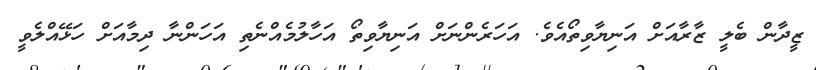
ޒީދާން ބެލީ ޒާރާއަށް އަނިޔާވިތޯއެވެ. އަހަރެންނަށް އަނިޔާވިތޯ އަހާލުމެއްނެތި އަހަންނާ ދިމާއަށް ހަޅޭއްލެވީ